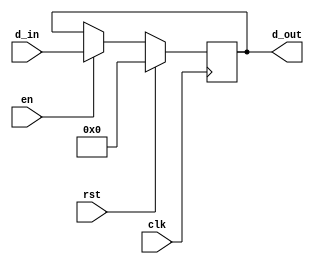
////////////////////////////////////////////////////////////////////////////////
//                              ARM Architecture:	                    		      //	
// 		                           Status Register		                             //
// Revision by:	Amirmahdi Joudi							                                        //
////////////////////////////////////////////////////////////////////////////////

module StatusRegister(d_in, rst, en, clk, d_out);
  input [3:0] d_in;
  input rst, clk, en;
  output [3:0] d_out;
  reg [3:0] d_out;
  
  always @(negedge clk)
  begin
    if (rst==1'b1)
      d_out <= 4'd0;
    else if(en)
      d_out <= d_in;
  end
  
endmodule